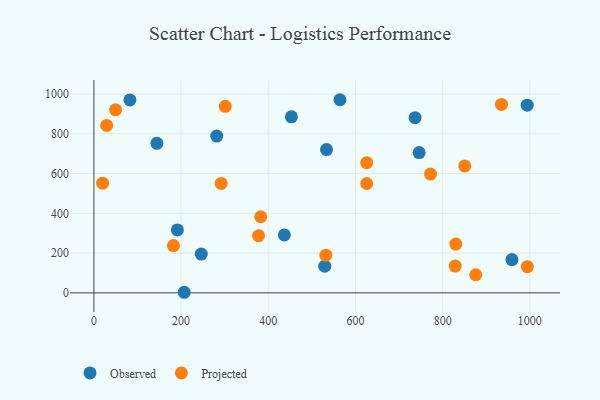
{"axis": {"x": "Experience", "y": "Sales"}, "legend": ["Observed", "Projected"], "data": [{"x": "529.6", "y": 134.4, "type": "Observed"}, {"x": "82.6", "y": 970.2, "type": "Observed"}, {"x": "959.0", "y": 167.2, "type": "Observed"}, {"x": "533.6", "y": 720.5, "type": "Observed"}, {"x": "191.5", "y": 316.4, "type": "Observed"}, {"x": "436.9", "y": 291.5, "type": "Observed"}, {"x": "246.3", "y": 194.9, "type": "Observed"}, {"x": "746.1", "y": 705.4, "type": "Observed"}, {"x": "736.8", "y": 881.2, "type": "Observed"}, {"x": "207.2", "y": 2.9, "type": "Observed"}, {"x": "281.7", "y": 788.7, "type": "Observed"}, {"x": "994.0", "y": 943.7, "type": "Observed"}, {"x": "144.5", "y": 752.2, "type": "Observed"}, {"x": "564.4", "y": 971.3, "type": "Observed"}, {"x": "453.1", "y": 885.4, "type": "Observed"}, {"x": "994.4", "y": 131.6, "type": "Projected"}, {"x": "876.0", "y": 91.0, "type": "Projected"}, {"x": "29.3", "y": 842.2, "type": "Projected"}, {"x": "850.7", "y": 638.2, "type": "Projected"}, {"x": "935.0", "y": 947.5, "type": "Projected"}, {"x": "532.0", "y": 189.6, "type": "Projected"}, {"x": "49.7", "y": 920.5, "type": "Projected"}, {"x": "382.7", "y": 382.8, "type": "Projected"}, {"x": "301.3", "y": 937.9, "type": "Projected"}, {"x": "292.0", "y": 550.1, "type": "Projected"}, {"x": "377.7", "y": 287.2, "type": "Projected"}, {"x": "830.2", "y": 245.1, "type": "Projected"}, {"x": "625.8", "y": 654.8, "type": "Projected"}, {"x": "182.5", "y": 237.8, "type": "Projected"}, {"x": "625.8", "y": 550.0, "type": "Projected"}, {"x": "772.2", "y": 597.6, "type": "Projected"}, {"x": "20.0", "y": 551.5, "type": "Projected"}, {"x": "828.8", "y": 134.8, "type": "Projected"}]}